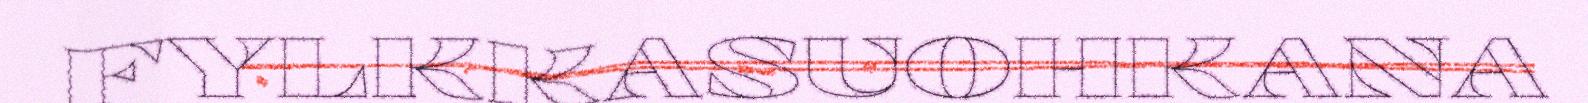
FYLKKASUOHKANA